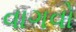
વાગવો